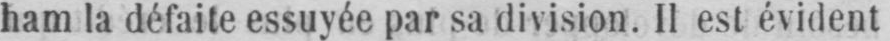
ham la défaite essuyée par sa division. Il est évident